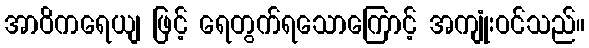
အာဝိကရေယျ ဖြင့် ရေတွက်ရသောကြောင့် အကျုံးဝင်သည်။